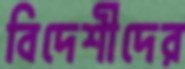
বিদেশীদের